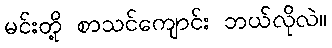
မင်းတို့ စာသင်ကျောင်း ဘယ်လိုလဲ။